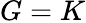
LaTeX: G=K